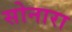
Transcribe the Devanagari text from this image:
सोनारा